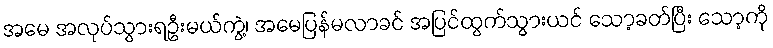
အမေ အလုပ်သွားရဦးမယ်ကွဲ့၊ အမေပြန်မလာခင် အပြင်ထွက်သွားယင် သော့ခတ်ပြီး သော့ကို